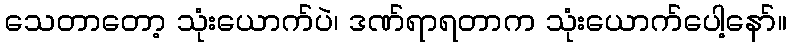
သေတာတော့ သုံးယောက်ပဲ၊ ဒဏ်ရာရတာက သုံးယောက်ပေါ့နော်။